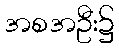
အစအဦး၌